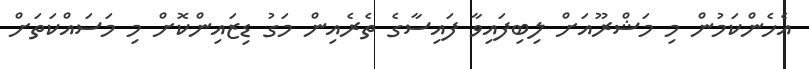
އެހެންކަމުން މި މަޝްރޫއަށް ލިބިފައިވާ ފައިސާގެ ތެރެއިން މަގު ޑިޒައިންކޮށް މި މަސައްކަތަށް